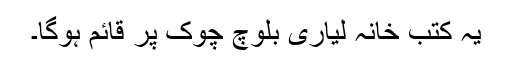
یہ کتب خانہ لیاری بلوچ چوک پر قائم ہوگا۔